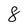
Character: 8